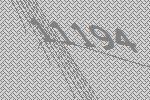
11194